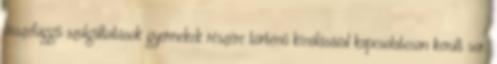
összefüggő szolgáltatások gyermekek részére történő kínálásával kapcsolatosan került sor.